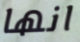
انها